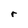
Character: r